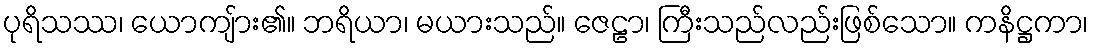
ပုရိသဿ၊ ယောကျ်ား၏။ ဘရိယာ၊ မယားသည်။ ဇေဠာ၊ ကြီးသည်လည်းဖြစ်သော။ ကနိဋ္ဌကာ၊